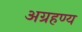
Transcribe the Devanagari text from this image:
अग्रहण्य